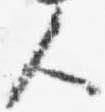
人